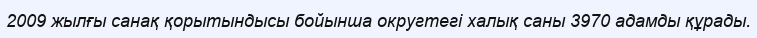
2009 жылғы санақ қорытындысы бойынша округтегі халық саны 3970 адамды құрады.